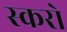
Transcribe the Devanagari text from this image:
स्करो